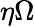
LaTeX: \eta\Omega